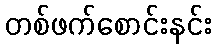
တစ်ဖက်စောင်းနင်း